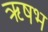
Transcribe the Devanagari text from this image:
ॠषभ